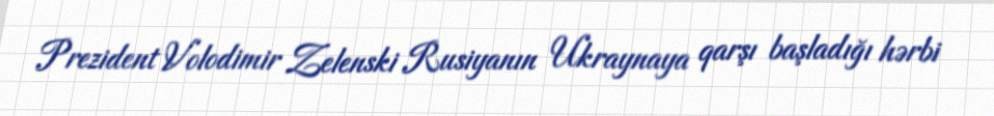
Prezident Volodimir Zelenski Rusiyanın Ukraynaya qarşı başladığı hərbi